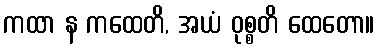
ကထာ န ကထေတိ, အယံ ဝုစ္စတိ ထေတော။